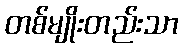
တစ်မျိုးတည်းသာ